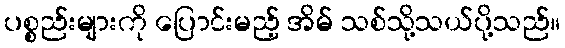
ပစ္စည်းများကို ပြောင်းမည့် အိမ် သစ်သို့သယ်ပို့သည်။